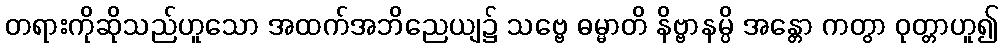
တရားကိုဆိုသည်ဟူသော အထက်အဘိညေယျ၌ သဗ္ဗေ ဓမ္မာတိ နိဗ္ဗာနမ္ပိ အန္တော ကတွာ ဝုတ္တာဟူ၍